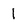
Character: 1